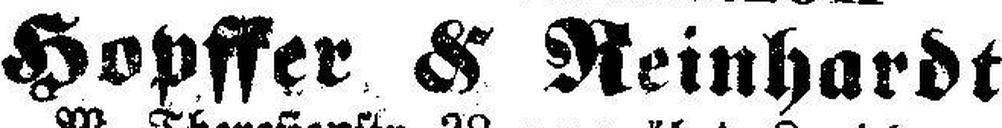
Hopffer. & Reinhardt